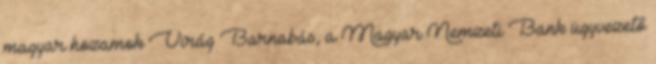
magyar hozamok Virág Barnabás, a Magyar Nemzeti Bank ügyvezető